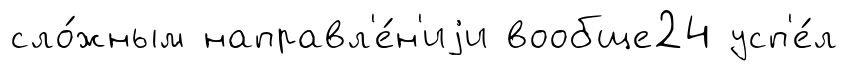
сло́жным направл'е́н'иjи вообще24 усп'е́л